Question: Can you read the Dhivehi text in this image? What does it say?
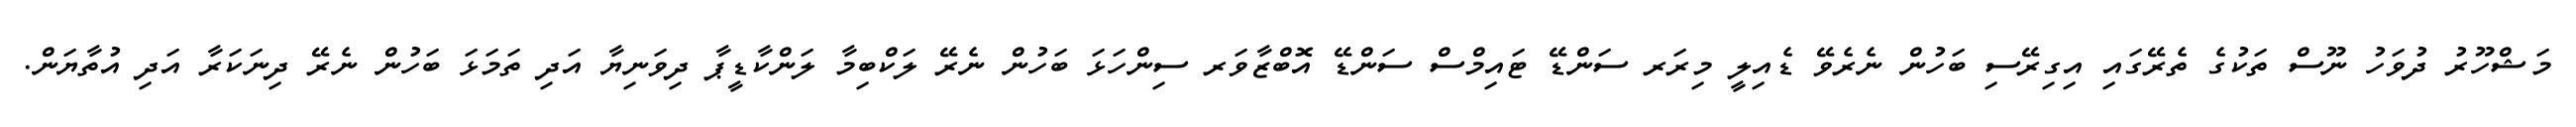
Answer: މަޝްހޫރު ދުވަހު ނޫސް ތަކުގެ ތެރޭގައި އިގިރޭސި ބަހުން ނެރެވޭ ޑެއިލީ މިރަރ ސަންޑޭ ޓައިމްސް ސަންޑޭ އޮބްޒާވަރ ސިންހަޅަ ބަހުން ނެރޭ ލަކްބިމާ ލަންކާޑީޕާ ދިވަނިޔާ އަދި ތަމަޅަ ބަހުން ނެރޭ ދިނަކަރާ އަދި އުތާޔަން.